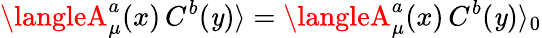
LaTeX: \langleA_{\mu}^{a}(x)\, C^{b}(\mathit{y})\rangle=\langleA_{\mu}^{a}(x)\, C^{b}(\mathit{y})\rangle_{0}